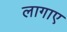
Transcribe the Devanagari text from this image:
लागाए